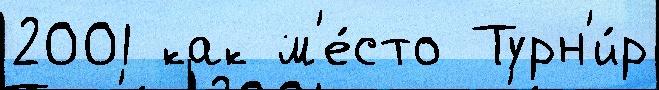
2001 как м'е́сто Турн'и́р